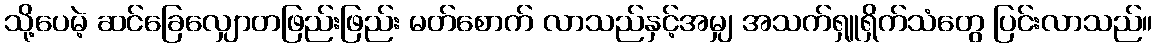
သို့ပေမဲ့ ဆင်ခြေလျှောတဖြည်းဖြည်း မတ်စောက် လာသည်နှင့်အမျှ အသက်ရှူရှိက်သံတွေ ပြင်းလာသည်။